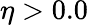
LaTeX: \eta>0.0